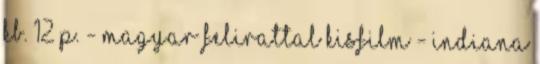
kb. 12 p. - MAGYAR FELIRATTAL Kisfilm - Indiana